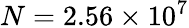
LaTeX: N=2.56\times 10^{7}